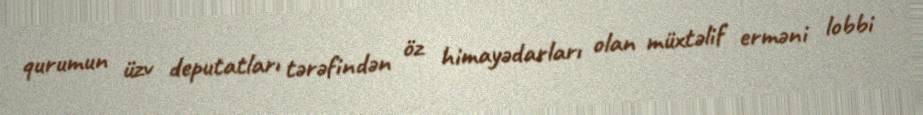
qurumun üzv deputatları tərəfindən öz himayədarları olan müxtəlif erməni lobbi